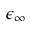
\epsilon _ { \infty }